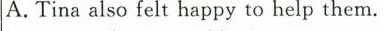
A.Tina also felt happy to help them.